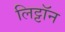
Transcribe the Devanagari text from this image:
लिट्टॉन